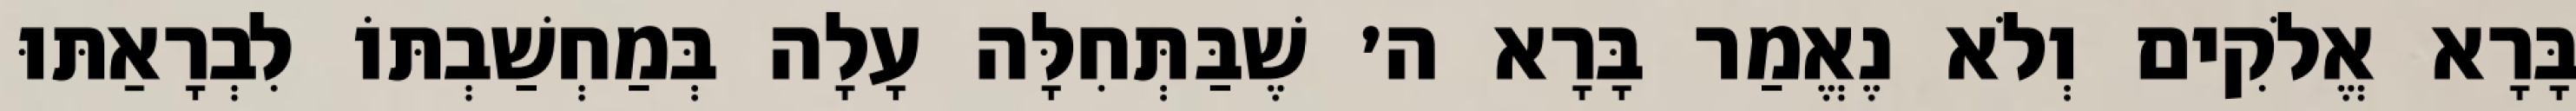
בָּרָא אֱלֹקִים וְלֹא נֶאֱמַר בָּרָא ה׳ שֶׁבַּתְּחִלָּה עָלָה בְּמַחְשַׁבְתּוֹ לִבְרָאַתּוּ